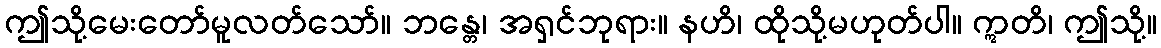
ဤသို့မေးတော်မူလတ်သော်။ ဘန္တေ၊ အရှင်ဘုရား။ နဟိ၊ ထိုသို့မဟုတ်ပါ။ ဣတိ၊ ဤသို့။